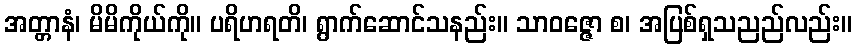
အတ္တာနံ၊ မိမိကိုယ်ကို။ ပရိဟရတိ၊ ရွာက်ဆောင်သနည်း။ သာဝဇ္ဇော စ၊ အပြစ်ရှသညည်လည်း။